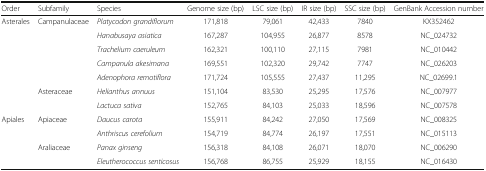
<table><thead><tr><td><b>Order</b></td><td><b>Subfamily</b></td><td><b>Species</b></td><td><b>Genome size (bp)</b></td><td><b>LSC size (bp)</b></td><td><b>IR size (bp)</b></td><td><b>SSC size (bp)</b></td><td><b>GenBank Accession number</b></td></tr></thead><tbody><tr><td rowspan="7">Asterales</td><td rowspan="5">Campanulaceae</td><td><i>Platycodon grandiflorum</i></td><td>171,818</td><td>79,061</td><td>42,433</td><td>7840</td><td>KX352462</td></tr><tr><td><i>Hanabusaya asiatica</i></td><td>167,287</td><td>104,955</td><td>26,877</td><td>8578</td><td>NC_024732</td></tr><tr><td><i>Trachelium caeruleum</i></td><td>162,321</td><td>100,110</td><td>27,115</td><td>7981</td><td>NC_010442</td></tr><tr><td><i>Campanula akesimana</i></td><td>169,551</td><td>102,320</td><td>29,742</td><td>7747</td><td>NC_026203</td></tr><tr><td><i>Adenophora remotiflora</i></td><td>171,724</td><td>105,555</td><td>27,437</td><td>11,295</td><td>NC_02699.1</td></tr><tr><td rowspan="2">Asteraceae</td><td><i>Helianthus annuus</i></td><td>151,104</td><td>83,530</td><td>25,295</td><td>17,576</td><td>NC_007977</td></tr><tr><td><i>Lactuca sativa</i></td><td>152,765</td><td>84,103</td><td>25,033</td><td>18,596</td><td>NC_007578</td></tr><tr><td rowspan="4">Apiales</td><td rowspan="2">Apiaceae</td><td><i>Daucus carota</i></td><td>155,911</td><td>84,242</td><td>27,050</td><td>17,569</td><td>NC_008325</td></tr><tr><td><i>Anthriscus cerefolium</i></td><td>154,719</td><td>84,774</td><td>26,197</td><td>17,551</td><td>NC_015113</td></tr><tr><td rowspan="2">Araliaceae</td><td><i>Panax ginseng</i></td><td>156,318</td><td>84,108</td><td>26,071</td><td>18,070</td><td>NC_006290</td></tr><tr><td><i>Eleutherococcus senticosus</i></td><td>156,768</td><td>86,755</td><td>25,929</td><td>18,155</td><td>NC_016430</td></tr></tbody></table>